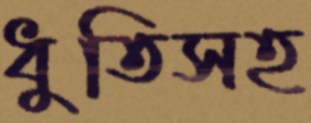
ধুতিসহ